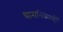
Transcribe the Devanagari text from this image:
धारानिकायों